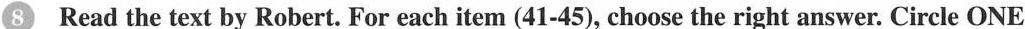
8 Read the text by Robert. For each item (41-45), choose the right answer. Circle ONE